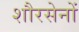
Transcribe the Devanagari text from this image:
शौरसेनों